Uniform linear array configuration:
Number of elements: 32
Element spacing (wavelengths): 0.75
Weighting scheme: exponential
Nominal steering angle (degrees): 0
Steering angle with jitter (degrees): -1.205
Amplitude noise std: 0.05
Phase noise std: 0.05

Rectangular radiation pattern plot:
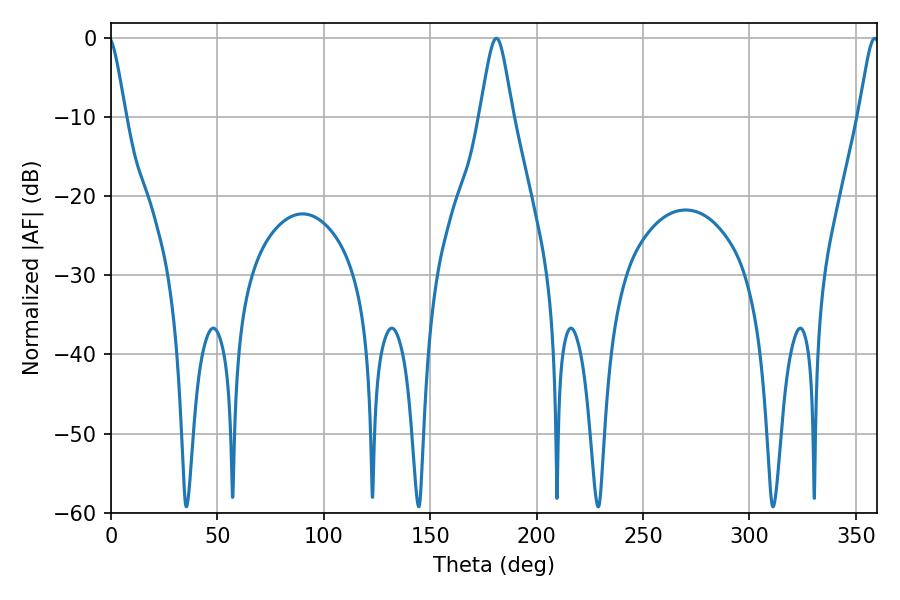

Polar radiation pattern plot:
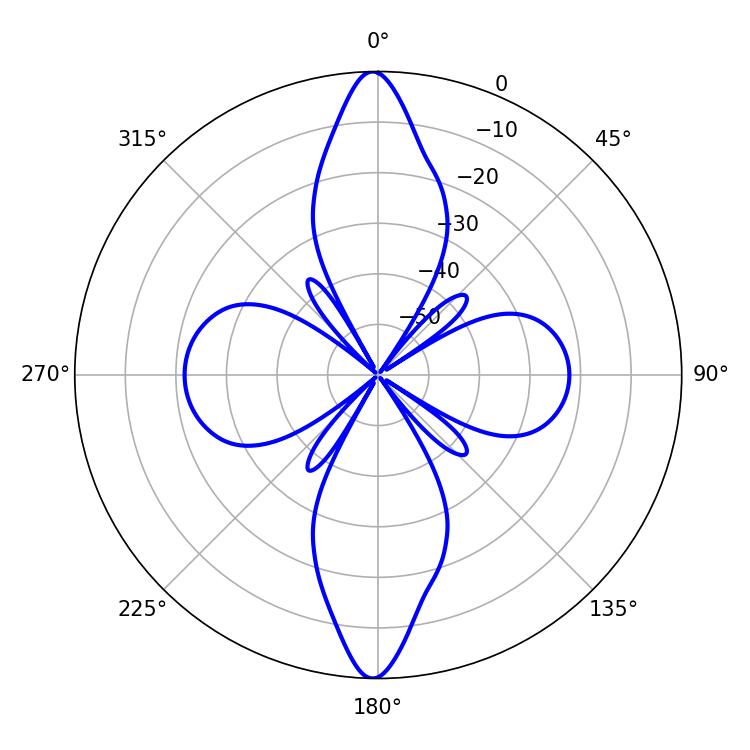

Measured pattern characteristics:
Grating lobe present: TRUE
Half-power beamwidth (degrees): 7.56
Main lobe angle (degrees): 181.08